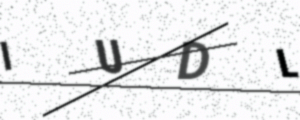
Text: IUDL